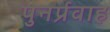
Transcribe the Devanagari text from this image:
पुनर्प्रवाह